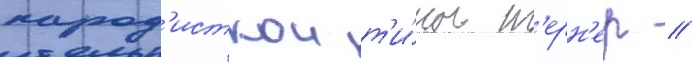
парод'исткои т'и́ны т'ерн'ер //